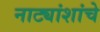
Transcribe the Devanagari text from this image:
नाट्यांशांचे